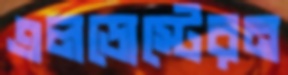
এলডোস্টেরন